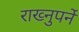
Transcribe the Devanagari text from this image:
राख्नुपर्ने